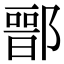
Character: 𨝶